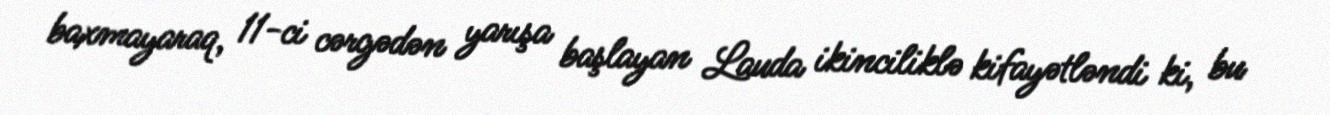
baxmayaraq, 11-ci cərgədən yarışa başlayan Lauda ikinciliklə kifayətləndi ki, bu